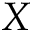
X